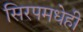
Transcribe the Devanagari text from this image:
सिरपमधेही